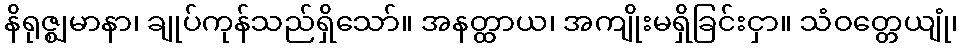
နိရုဇ္ဈမာနာ၊ ချုပ်ကုန်သည်ရှိသော်။ အနတ္ထာယ၊ အကျိုးမရှိခြင်းငှာ။ သံဝတ္တေယျုံ၊